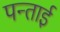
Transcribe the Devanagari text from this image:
पन्ताई